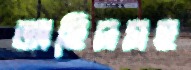
অহিদসহ